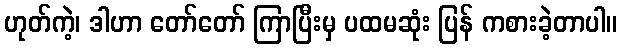
ဟုတ်ကဲ့၊ ဒါဟာ တော်တော် ကြာပြီးမှ ပထမဆုံး ပြန် ကစားခဲ့တာပါ။